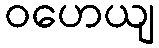
ဝဟေယျ